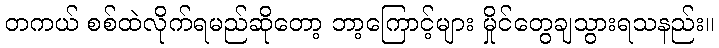
တကယ် စစ်ထဲလိုက်ရမည်ဆိုတော့ ဘာ့ကြောင့်များ မှိုင်တွေချသွားရသနည်း။